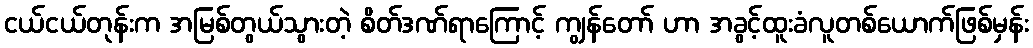
ငယ်ငယ်တုန်းက အမြစ်တွယ်သွားတဲ့ စိတ်ဒဏ်ရာကြောင့် ကျွန်တော် ဟာ အခွင့်ထူးခံလူတစ်ယောက်ဖြစ်မှန်း